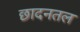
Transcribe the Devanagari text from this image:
छादनतल